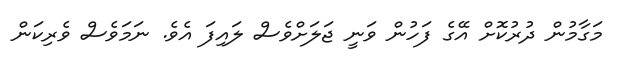
މަގާމުން ދުރުކޮށް އޭގެ ފަހުން ވަނީ ޖަލަށްވެސް ލައިފަ އެވެ. ނަމަވެސް ވެރިކަން